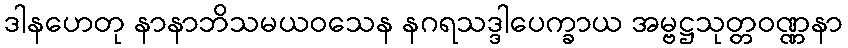
ဒါနဟေတု နာနာဘိသမယဝသေန နဂရသဒ္ဒါပေက္ခာယ အမ္ဗဋ္ဌသုတ္တဝဏ္ဏနာ